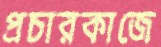
প্রচারকাজে